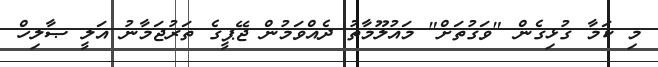
މި ކަމާ ގުޅިގެން "ވަގުތަށް" މައުލޫމާތު ދެއްވަމުން ޖޭޕީގެ ތަރުޖަމާނު އަލީ ޞާލިހް